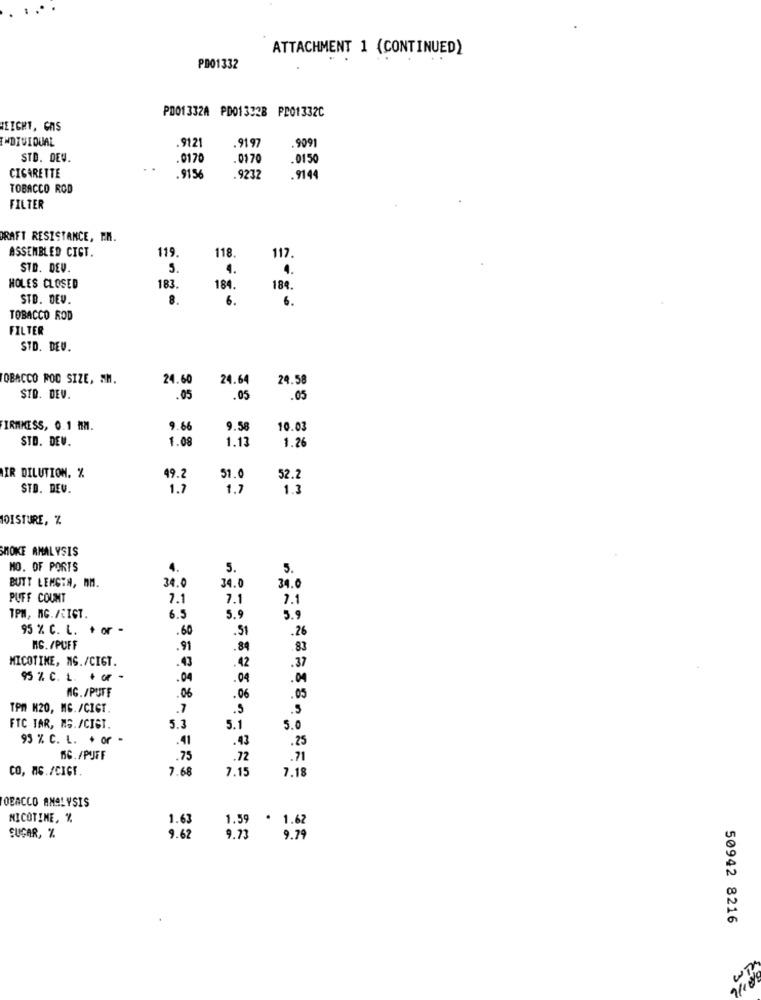
ATTACHMENT 1 (CONTINUED)
PD01332
PD01332A PD01332B PD01332C
HEIGHT, CAS
INDIVIDUAL
.9121
9197
9991
STD. DEW.
.0170
. 01 70
.0150
CIGARETTE
.9156
.9232
. 9144
TOBACCO ROD
FILTER
RAFT RESISTANCE, E.M.
ASSEMBLED CICT.
119
118
117.
STD. DEV.
4.
HOLES CLOSED
183.
184.
184.
STD. DEV.
8.
6.
6.
TOBACCO ROD
FILTER
STD. DEU.
OBACCO ROD SIZE, . M.
24.60
24.64
24.58
STD. DEV.
.05
.05
.05
IRMMESS, 0.1 MM.
9.66
9.58
10.03
STD. DEV.
1.08
1.13
1.26
51.0
IR DILUTION. %
49.2
52.2
STD. DEV.
1.7
1.7
1.3
MOISTURE, Z
SMOKE ANALYSIS
NO. OF PORTS
4.
5.
5.
BUTT LENGTH, MM.
34.0
34.0
34.
PUFF COUNT
7.1
7.1
1.1
TPM, MG./LIGT.
6.5
5.9
5.9
95 % C. L. + or -
.60
.51
.26
NG. /PUFF
.91
.84
.83
MICOTIME, MS./CIGT.
.43
.42
.37
95 % C. L. + OF
.04
.04
.04
MG./PUFF
.06
.06
.05
TPM M20, MG./CIGT.
.7
.5
.5
FTC TAR, MS. /CIST.
5.3
5.1
5.0
93 % C. L. + or
.41
.43
.25
nG./PUFF
.75
.72
.71
CO, MG. /CIGE
7.68
7.15
7.18
OBACCO ANALYSIS
NICOTINE, %
1.63
1.59
. 1.62
SUGAR, %
9.62
9.73
9.79
50942 8216
um